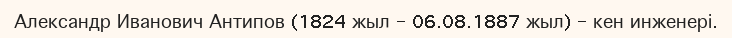
Александр Иванович Антипов (1824 жыл – 06.08.1887 жыл) – кен инженері.